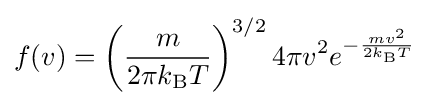
f(v)=\left({\frac {m}{2\pi k_{\text{B}}T}}\right)^{3/2}4\pi v^{2}e^{-{\frac {mv^{2}}{2k_{\text{B}}T}}}